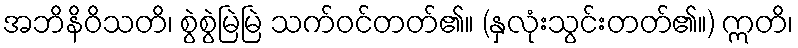
အဘိနိဝိသတိ၊ စွဲစွဲမြဲမြဲ သက်ဝင်တတ်၏။ (နှလုံးသွင်းတတ်၏။) ဣတိ၊